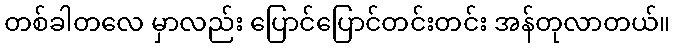
တစ်ခါတလေ မှာလည်း ပြောင်ပြောင်တင်းတင်း အန်တုလာတယ်။